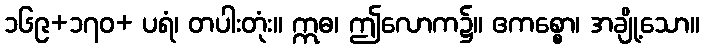
၁၆၉+၁၇၀+ ပရံ၊ တပါးတုံး။ ဣဓ၊ ဤလောက၌။ ဧကစ္စော၊ အချို့သော။